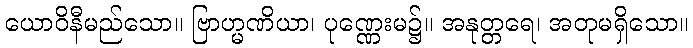
ယောဝိနီမည်သော။ ဗြာဟ္မဏိယာ၊ ပုဏ္ဏေးမ၌။ အနုတ္တရေ၊ အတုမရှိသော။